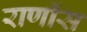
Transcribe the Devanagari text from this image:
राणींस